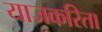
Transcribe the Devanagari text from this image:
याजकरिता